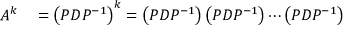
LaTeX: \begin{array} { r l } { A ^ { k } } & { { } = \left( P D P ^ { - 1 } \right) ^ { k } = \left( P D P ^ { - 1 } \right) \left( P D P ^ { - 1 } \right) \cdots \left( P D P ^ { - 1 } \right) } \end{array}